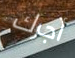
أجرك